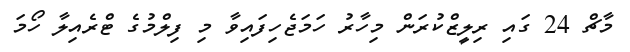
މާޗް 24 ގައި ރިލީޒްކުރަން މިހާރު ހަމަޖެހިފައިވާ މި ފިލްމުގެ ޓްރެއިލާ ހޯމަ